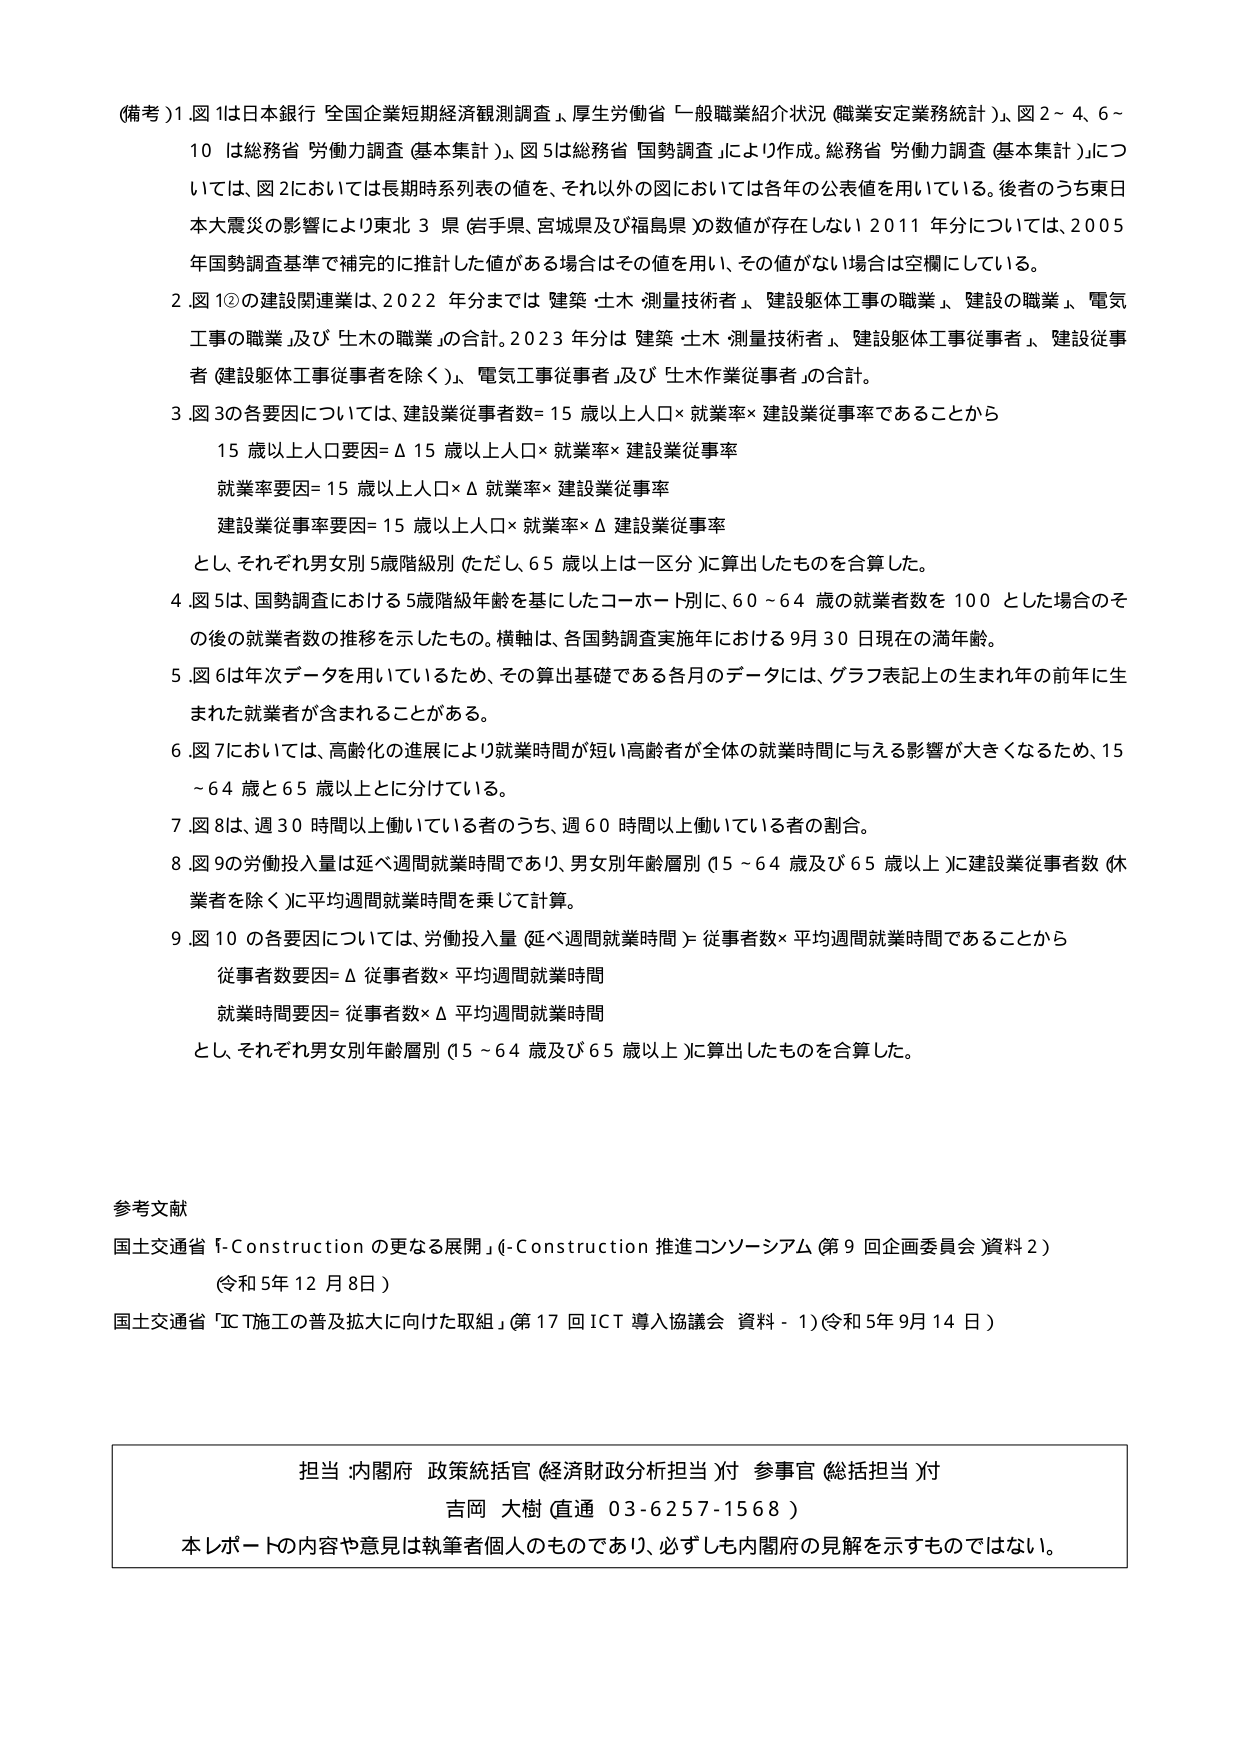
(備考) 1. 図1は日本銀行「全国企業短期経済観測調査」、厚生労働省「一般職業紹介状況（職業安定業務統計）」、図2～4、6～10は総務省「労働力調査（基本集計）」、図5は総務省「国勢調査」により作成。総務省「労働力調査（基本集計）」については、図2においては長期時系列表の値を、それ以外の図においては各年の公表値を用いている。後者のうち東日本大震災の影響により東北3県（岩手県、宮城県及び福島県）の数値が存在しない2011年分については、2005年国勢調査基準で補完的に推計した値がある場合はその値を用い、その値がない場合は空欄にしている。

2. 図1②の建設関連業は、2022年分までは「建築・土木・測量技術者」、「建設躯体工事の職業」、「建設の職業」、「電気工事の職業」及び「土木の職業」の合計。2023年分は「建築・土木・測量技術者」、「建設躯体工事従事者」、「建設従事者（建設躯体工事従事者を除く）」、「電気工事従事者」及び「土木作業従事者」の合計。

3. 図3の各要因については、建設業従事者数＝15歳以上人口×就業率×建設業従事率であることから
　　15歳以上人口要因＝Δ15歳以上人口×就業率×建設業従事率
　　就業率要因＝15歳以上人口×Δ就業率×建設業従事率
　　建設業従事率要因＝15歳以上人口×就業率×Δ建設業従事率
　　とし、それぞれ男女別5歳階級別（ただし65歳以上は一区分）に算出したものを合算した。

4. 図5は、国勢調査における5歳階級年齢を基にしたコーホート別に、60～64歳の就業者数を100とした場合のその後の就業者数の推移を示したもの。横軸は、各国勢調査実施年における9月30日現在の満年齢。

5. 図6は年次データを用いているため、その算出基礎である各月のデータには、グラフ表記上の生まれ年の前年に生まれた就業者が含まれることがある。

6. 図7においては、高齢化の進展により就業時間が短い高齢者が全体の就業時間に与える影響が大きくなるため、15～64歳と65歳以上とに分けている。

7. 図8は、週30時間以上働いている者のうち、週60時間以上働いている者の割合。

8. 図9の労働投入量は延べ週間就業時間であり、男女別年齢層別（15～64歳及び65歳以上）に建設業従事者数（休業者を除く）に平均週間就業時間を乗じて計算。

9. 図10の各要因については、労働投入量（延べ週間就業時間）＝従事者数×平均週間就業時間であることから
　　従事者数要因＝Δ従事者数×平均週間就業時間
　　就業時間要因＝従事者数×Δ平均週間就業時間
　　とし、それぞれ男女別年齢層別（15～64歳及び65歳以上）に算出したものを合算した。

参考文献
国土交通省「i-Constructionの更なる展開」（i-Construction推進コンソーシアム（第9回企画委員会）資料2）（令和5年12月8日）
国土交通省「ICT施工の普及拡大に向けた取組」（第17回ICT導入協議会 資料-1）（令和5年9月14日）

担当 内閣府 政策統括官（経済財政分析担当）付 参事官（総括担当）付
吉岡 大樹（直通 03-6257-1568）
本レポートの内容や意見は執筆者個人のものであり、必ずしも内閣府の見解を示すものではない。